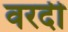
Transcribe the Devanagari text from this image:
वरदी